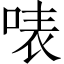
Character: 𠶓